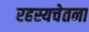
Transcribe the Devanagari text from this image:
रहस्यचेतना